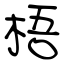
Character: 梧